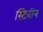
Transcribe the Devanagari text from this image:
स्टिबीन